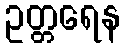
ဥတ္တရေန